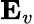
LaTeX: \mathbf{E}_{v}